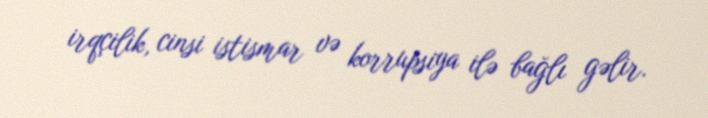
irqçilik, cinsi istismar və korrupsiya ilə bağlı gəlir.